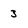
Character: 3